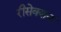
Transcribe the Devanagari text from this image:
रीसेक्शन